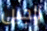
الجين